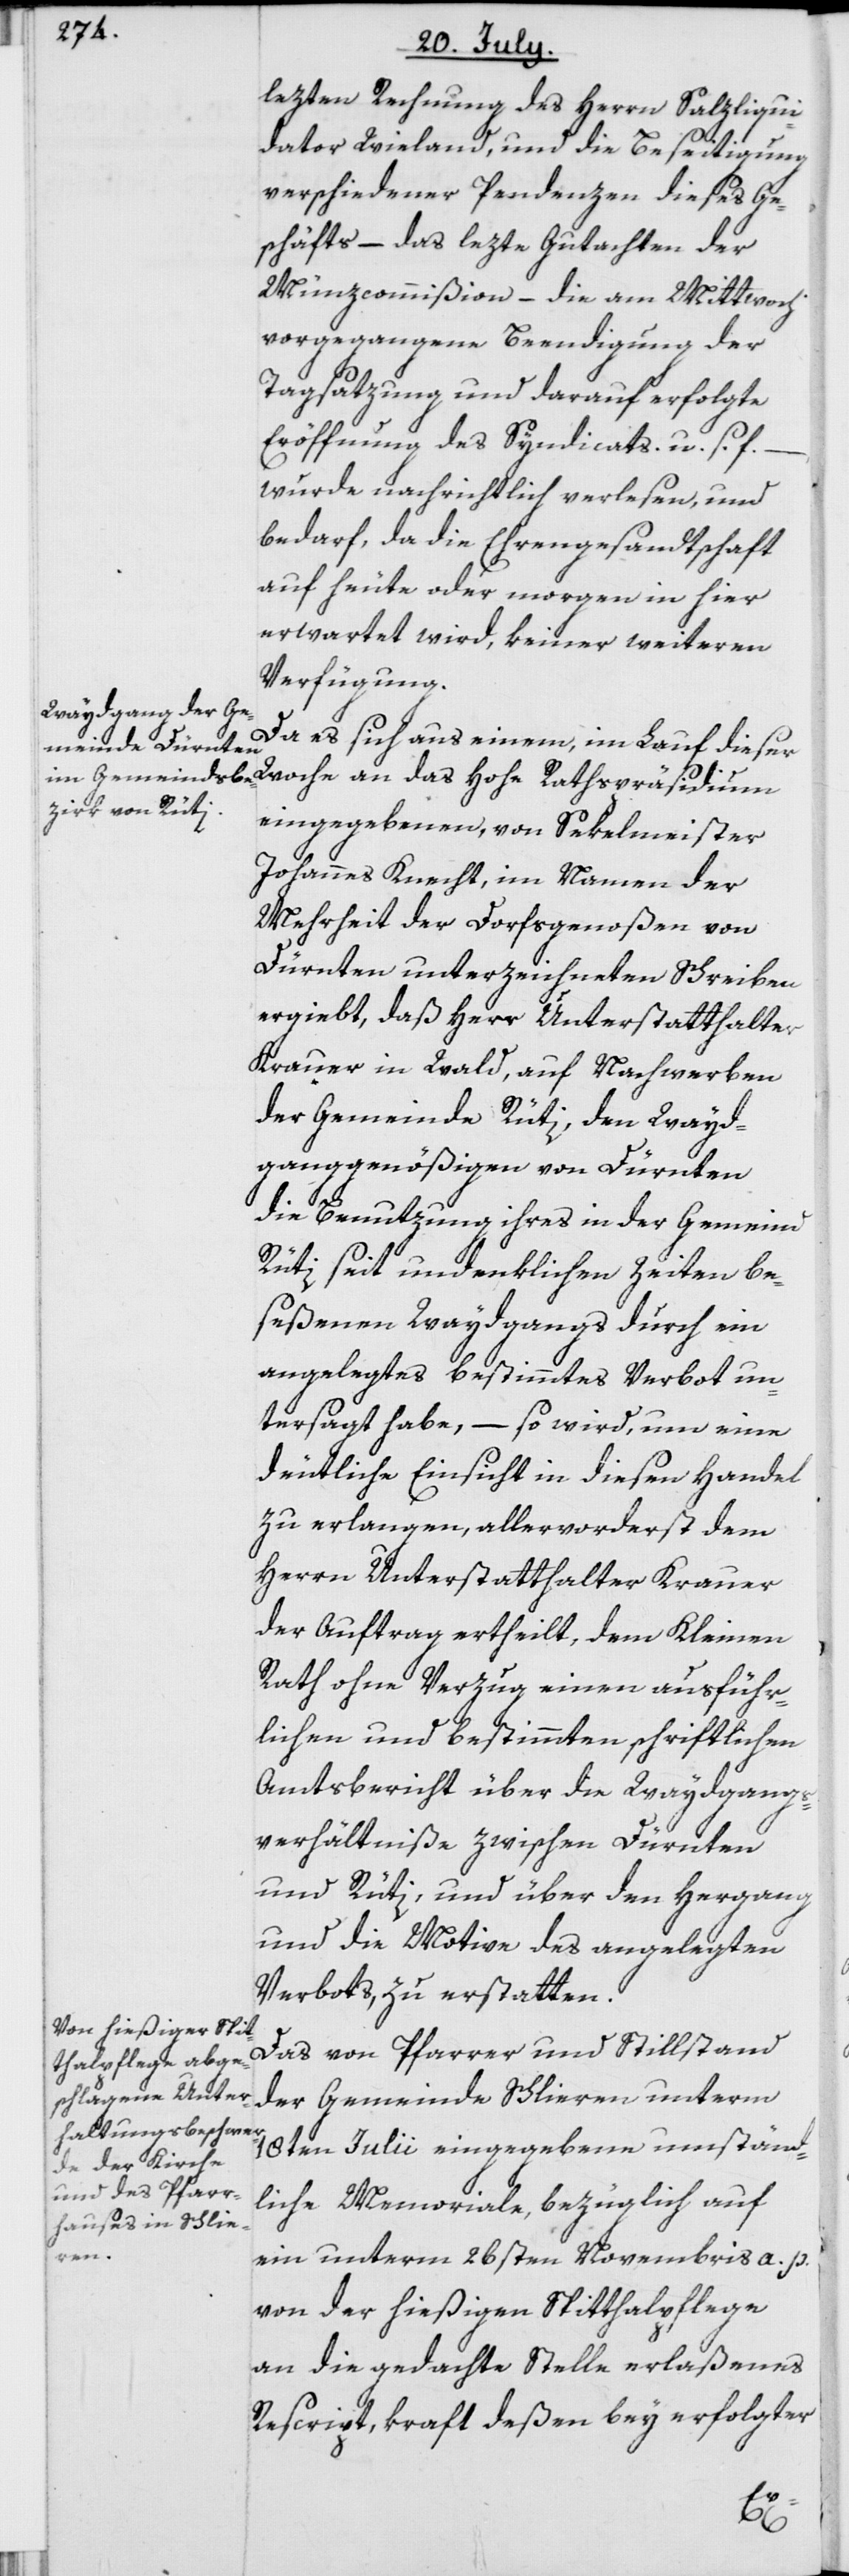
lezten Rechnung des Herrn Salzliqui¬
dator Wieland, und die Beseitigung
verschiedener Pendenzen dieses Ge¬
schäfts – das lezte Gutachten der
Münzcommißion – die am Mittwoch
vorgegangene Beendigung der
Tagsatzung und darauf erfolgte
Eröffnung des Syndicats, u. s. f.
wurde nachrichtlich verlesen, und
bedarf, da die Ehrengesandtschaft
auf heute oder morgen in hier
erwartet wird, keiner weiteren
Verfügung.
Da es sich aus einem, im Lauf dieser
Woche an das Hohe Rathspräsidium
eingegebenen, von Sekelmeister
Johannes Knecht, im Namen der
Mehrheit der Dorfsgenoßen von
Dürnten unterzeichneten Schreiben
ergiebt, daß Herr Unterstatthalter
Krauer in Wald, auf Nachwerben
der Gemeinde Rüti, den Wayd¬
ganggenößigen von Dürnten
die Benutzung ihres in der Gemeind
Rüti seit undenklichen Zeiten be¬
seßenen Waydgangs durch ein
angelegtes bestimmtes Verbot un¬
tersagt habe, – so wird, um eine
deutliche Einsicht in diesen Handel
zu erlangen, allervorderst dem
Herrn Unterstatthalter Krauer
der Auftrag ertheilt, dem Kleinen
Rath ohne Verzug einen ausführ¬
lichen und bestimmten schriftlichen
Amtsbericht über die Waydgangs¬
verhältniße zwischen Dürnten
und Rüti, und über den Hergang
und die Motive des angelegten
Verbots, zu erstatten.
Das von Pfarrer und Stillstand
der Gemeinde Schlieren unterm
18ten Julii eingegebene umständ¬
liche Memoriale, bezüglich auf
ein unterm 26sten Novembris a. p.
von der hießigen Spitthalpflege
an die gedachte Stelle erlaßenes
Rescript, kraft deßen bey erfolgter